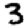
Digit: 3